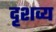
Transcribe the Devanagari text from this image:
दृशव्य